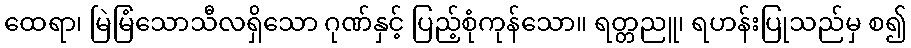
ထေရာ၊ မြဲမြံသောသီလရှိသော ဂုဏ်နှင့် ပြည့်စုံကုန်သော။ ရတ္တညူ၊ ရဟန်းပြုသည်မှ စ၍